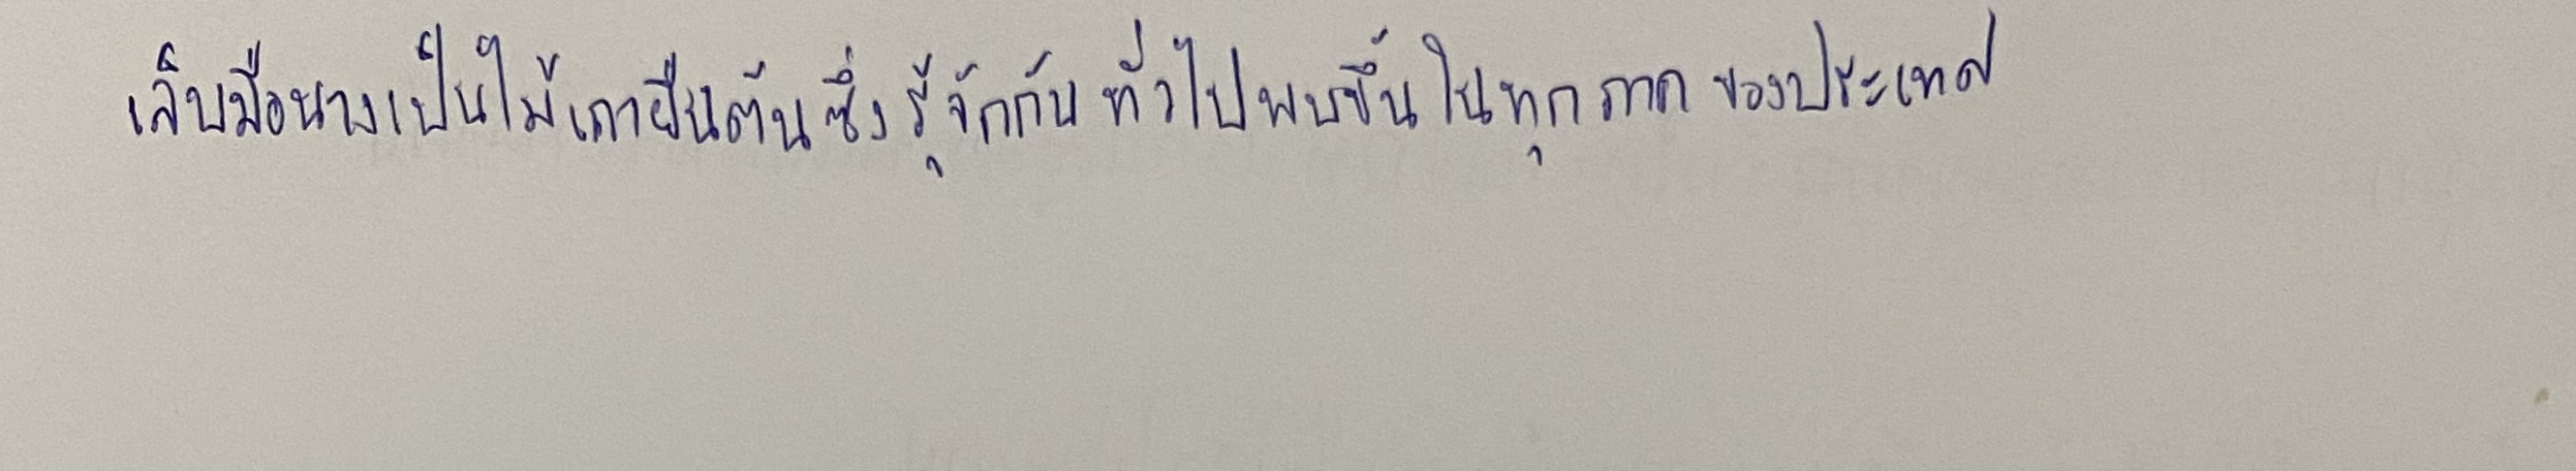
เล็บมือนางเป็นไม้เถายืนต้นซึ่งรู้จักกันทั่วไปพบขึ้นในทุกภาคของประเทศ